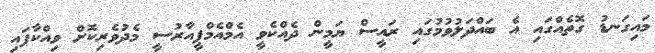
މައިގަނޑު ގޮތެއްގައި އެ ބައްދަލުވުމުގައި ރައީސް ޔަމީން ދެއްކެވީ އެމްއެމްޕީއާރުސީ މެދުވެރިކޮށް ވިއްކާފައި